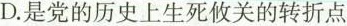
D.是党的历史上生死攸关的转折点